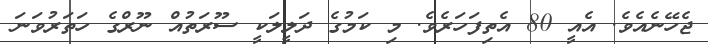
ޖެހޭނެއެވެ. އެއީ 80 އެތިފަހަރެވެ. މި ކަމުގެ ދަލީލަކީ ސޫރަތުއް ނޫރްގެ ހަތަރުވަނަ